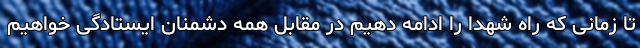
تا زمانی که راه شهدا را ادامه دهیم در مقابل همه دشمنان ایستادگی خواهیم